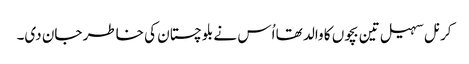
کرنل سہیل تین بچوں کا والد تھا اُس نے بلوچستان کی خاطر جان دی۔